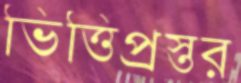
ভিত্তিপ্রস্তর